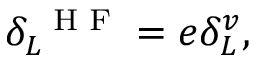
\delta _ { L } ^ { \mathrm { ~ \scriptsize ~ H ~ F ~ } } = e \delta _ { L } ^ { v } ,